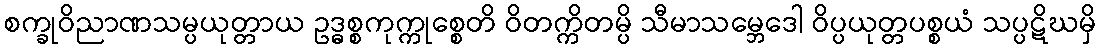
စက္ခုဝိညာဏသမ္ပယုတ္တာယ ဥဒ္ဓစ္စကုက္ကုစ္စေတိ ဝိတက္ကိတမ္ပိ သီမာသမ္ဘေဒေါ ဝိပ္ပယုတ္တပစ္စယံ သပ္ပဋိဃမှိ